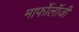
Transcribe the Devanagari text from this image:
मार्फोलॉजी